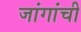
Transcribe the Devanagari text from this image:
जांगांची